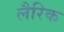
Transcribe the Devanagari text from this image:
लैरिक